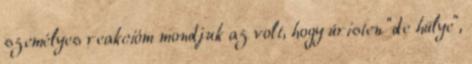
személyes reakcióm mondjuk az volt, hogy úristen “de hülye”,